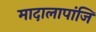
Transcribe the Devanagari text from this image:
मादालापांजि